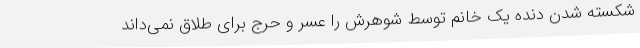
شکسته شدن دنده یک خانم توسط شوهرش را عسر و حرج برای طلاق نمی‌داند